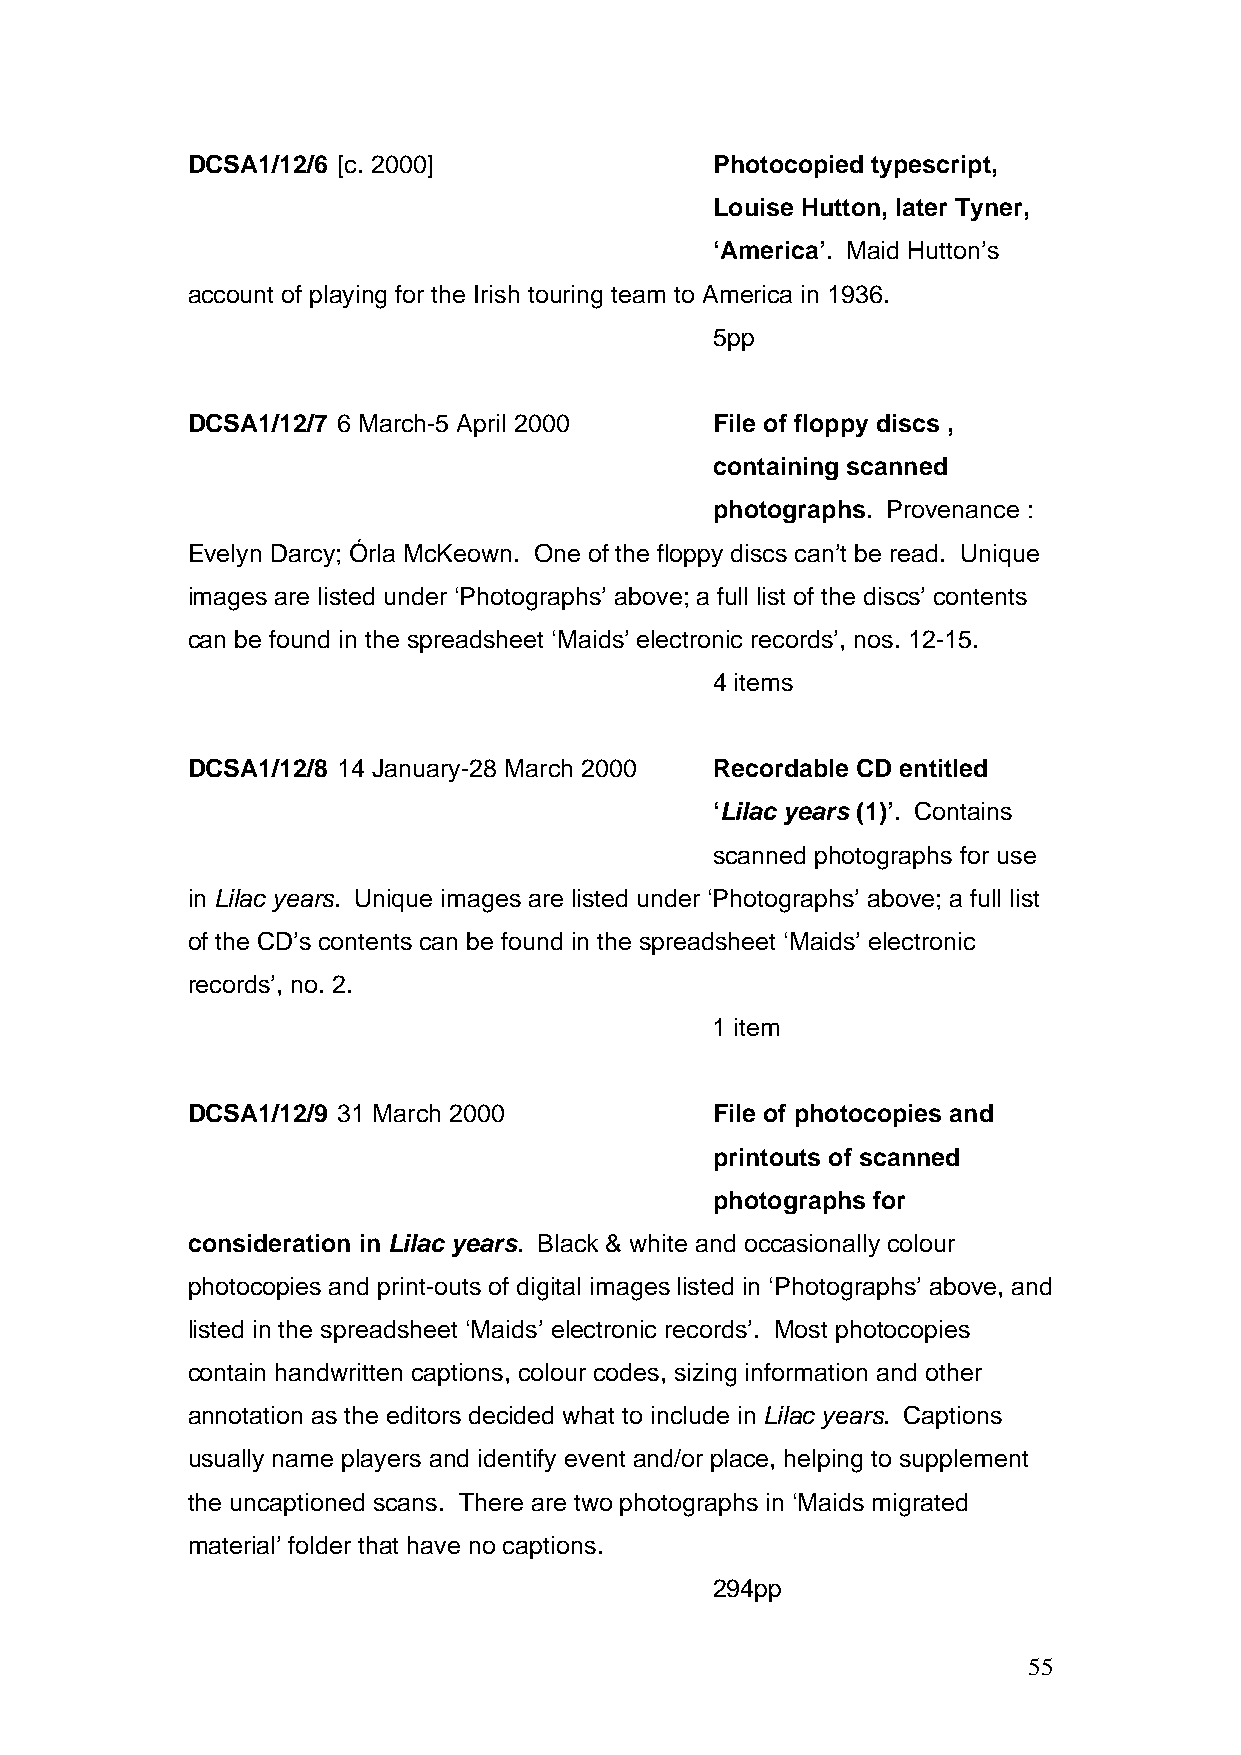
DCSA1/12/6 [c. 2000]               Photocopied typescript,
 Louise Hutton, later Tyner,
 ‘America’. Maid Hutton’s
 account of playing for the Irish touring team to America in 1936.
 5pp
 DCSA1/12/7 6 March-5 April 2000    File of floppy discs ,
 containing scanned
 photographs. Provenance :
 Evelyn Darcy; Órla McKeown. One of the floppy discs can’t be read. Unique
 images are listed under ‘Photographs’ above; a full list of the discs’ contents
 can be found in the spreadsheet ‘Maids’ electronic records’, nos. 12-15.
 4 items
 DCSA1/12/8 14 January-28 March 2000 Recordable CD entitled
 ‘Lilac years (1)’. Contains
 scanned photographs for use
 in Lilac years. Unique images are listed under ‘Photographs’ above; a full list
 of the CD’s contents can be found in the spreadsheet ‘Maids’ electronic
 records’, no. 2.
 1 item
 DCSA1/12/9 31 March 2000           File of photocopies and
 printouts of scanned
 photographs for
 consideration in Lilac years. Black & white and occasionally colour
 photocopies and print-outs of digital images listed in ‘Photographs’ above, and
 listed in the spreadsheet ‘Maids’ electronic records’. Most photocopies
 contain handwritten captions, colour codes, sizing information and other
 annotation as the editors decided what to include in Lilac years. Captions
 usually name players and identify event and/or place, helping to supplement
 the uncaptioned scans. There are two photographs in ‘Maids migrated
 material’ folder that have no captions.
 294pp
 55